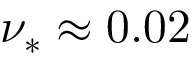
\nu _ { * } \approx 0 . 0 2